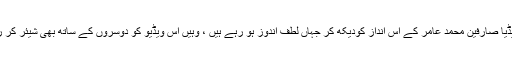
سوشل میڈیا صارفین محمد عامر کے اس انداز کودیکھ کر جہاں لطف اندوز ہو رہے ہیں ، وہیں اس ویڈیو کو دوسروں کے ساتھ بھی شیئر کر رہے ہیں۔